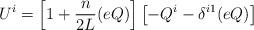
LaTeX: \begin{align*}U^{i} = \left[1+\frac{n}{2L}(eQ)\right] \left[-Q^{i} - \delta^{i1}(eQ)\right]\end{align*}